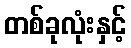
တစ်ခုလုံးနှင့်